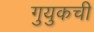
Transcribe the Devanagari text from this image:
गुयुकची